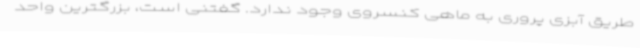
طریق آبزی پروری به ماهی کنسروی وجود ندارد. گفتنی است، بزرگترین واحد